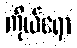
ကိုယ်ရော